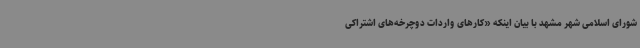
شورای اسلامی شهر مشهد با بیان اینکه «کارهای واردات دوچرخه‌های اشتراکی